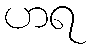
ဟရ